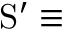
\mathrm { S } ^ { \prime } \equiv